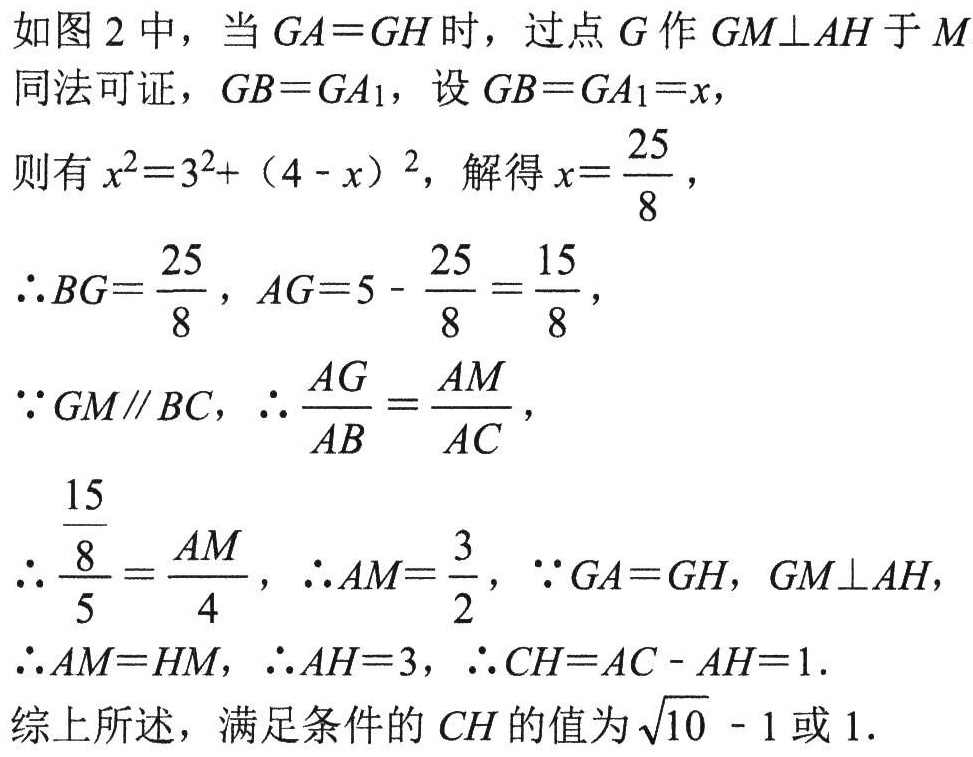
如图2中，当\(GA = GH\)时，过点\(G\)作\(GM\perp AH\)于\(M\)
同法可证，\(GB = GA_{1}\)，设\(GB = GA_{1}=x\)，
则有\(x^{2}=3^{2}+(4 - x)^{2}\)，解得\(x = \frac{25}{8}\)，
\(\therefore BG=\frac{25}{8}\)，\(AG = 5-\frac{25}{8}=\frac{15}{8}\)，
\(\because GM\parallel BC\)，\(\therefore \frac{AG}{AB}=\frac{AM}{AC}\)，
\(\therefore \frac{\frac{15}{8}}{5}=\frac{AM}{4}\)，\(\therefore AM=\frac{3}{2}\)，\(\because GA = GH\)，\(GM\perp AH\)，
\(\therefore AM = HM\)，\(\therefore AH = 3\)，\(\therefore CH = AC - AH = 1\).
综上所述，满足条件的\(CH\)的值为\(\sqrt{10}-1\)或\(1\).